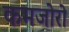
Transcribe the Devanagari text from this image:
कमजोरो